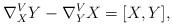
LaTeX: \begin{align*}\nabla^V_XY-\nabla^V_YX=[X,Y],\end{align*}